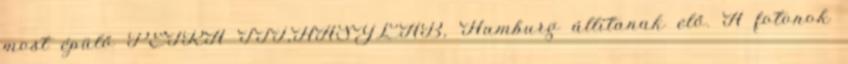
most épülő PETRA III,HASYLAB, Hamburg állítanak elő. A fotonok